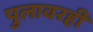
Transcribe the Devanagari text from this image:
पुलावरही